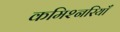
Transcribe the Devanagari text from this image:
कमिश्नरियाँ